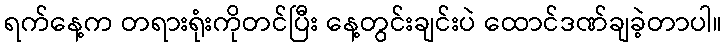
ရက်နေ့က တရားရုံးကိုတင်ပြီး နေ့တွင်းချင်းပဲ ထောင်ဒဏ်ချခဲ့တာပါ။